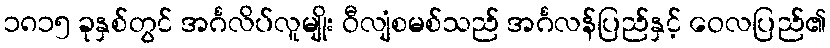
၁၈၁၅ ခုနှစ်တွင် အင်္ဂလိပ်လူမျိုး ဝီလျံစမစ်သည် အင်္ဂလန်ပြည်နှင့် ဝေလပြည်၏